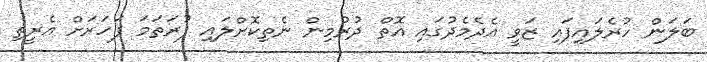
ބަަލަން ހުރެލައިފައި ޒަވީ އެދެމެދުގައި އޮތް ދުރުމިން ނެތިކޮށްލައި ފުރަތަމަ ފަހަރަށް އެރީތި